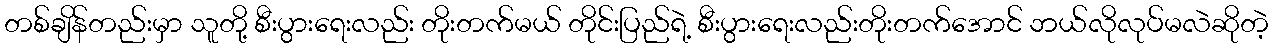
တစ်ချိန်တည်းမှာ သူတို့ စီးပွားရေးလည်း တိုးတက်မယ် တိုင်းပြည်ရဲ့ စီးပွားရေးလည်းတိုးတက်အောင် ဘယ်လိုလုပ်မလဲဆိုတဲ့